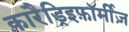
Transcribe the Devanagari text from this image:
कारैड्रिइफ़ॉर्मीज़